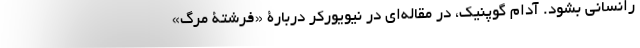
رانسانی بشود. آدام گوپنیک، در مقاله‌ای در نیویورکر دربارۀ «فرشتۀ مرگ»